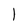
Character: l